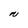
Character: N